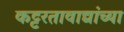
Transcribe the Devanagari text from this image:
कट्टरतावाद्यांच्या